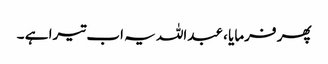
پھر فرمایا ، عبداللہ یہ اب تیرا ہے ۔